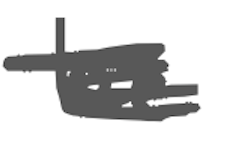
Text: he
Cross-out: scratch
Writing tool: digital_gray